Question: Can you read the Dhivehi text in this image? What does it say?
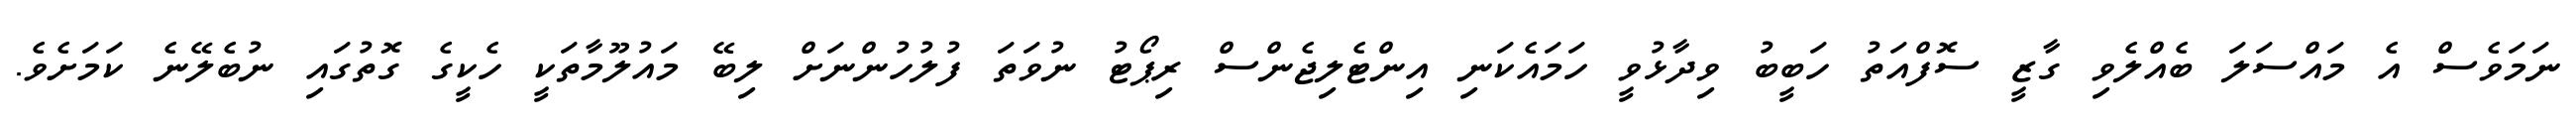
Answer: ނަމަވެސް އެ މައްސަލަ ބެއްލެވި ގާޒީ ސޮފްއަތު ހަބީބު ވިދާޅުވީ ހަމައެކަނި އިންޓެލިޖެންސް ރިޕޯޓު ނުވަތަ ފުލުހުންނަށް ލިބޭ މައުލޫމާތަކީ ހެކީގެ ގޮތުގައި ނުބެލޭނެ ކަމަށެވެ.